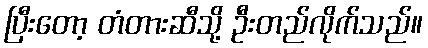
ပြီးတော့ တံတားဆီသို့ ဦးတည်လိုက်သည်။